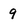
Character: 9